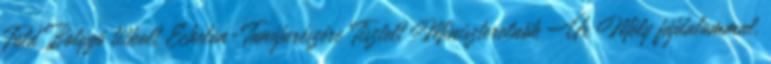
Föld Bolygó titkolt Echelon-Tanújarészére Tisztelt Miniszterelnök Úr Mély fájdalommal,